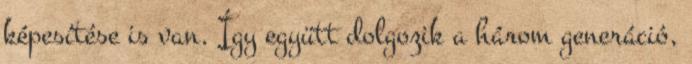
képesítése is van. Így együtt dolgozik a három generáció,